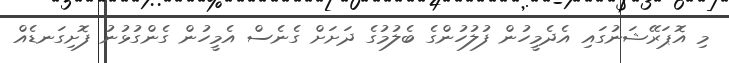
މި އޮޕަރޭޝަނުގައި އެދެމީހުން ފުލުހުންގެ ބެލުމުގެ ދަށަށް ގެނެސް އެމީހުން ގެންގުޅުނު ފޮށިގަނޑެއް